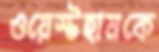
ওয়েস্টহামকে